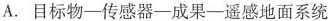
A.目标物-传感器-成果-遥感地面系统